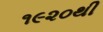
૧૯૨૦થી